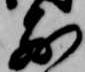
前